Bréfritari: Sigríður Pálsdóttir
Viðtakandi: Páll Pálsson
Dagsetning: A-1860-04-13
Skrifað á: Hraungerði  Árn.
Páll var bróðir Sigríðar

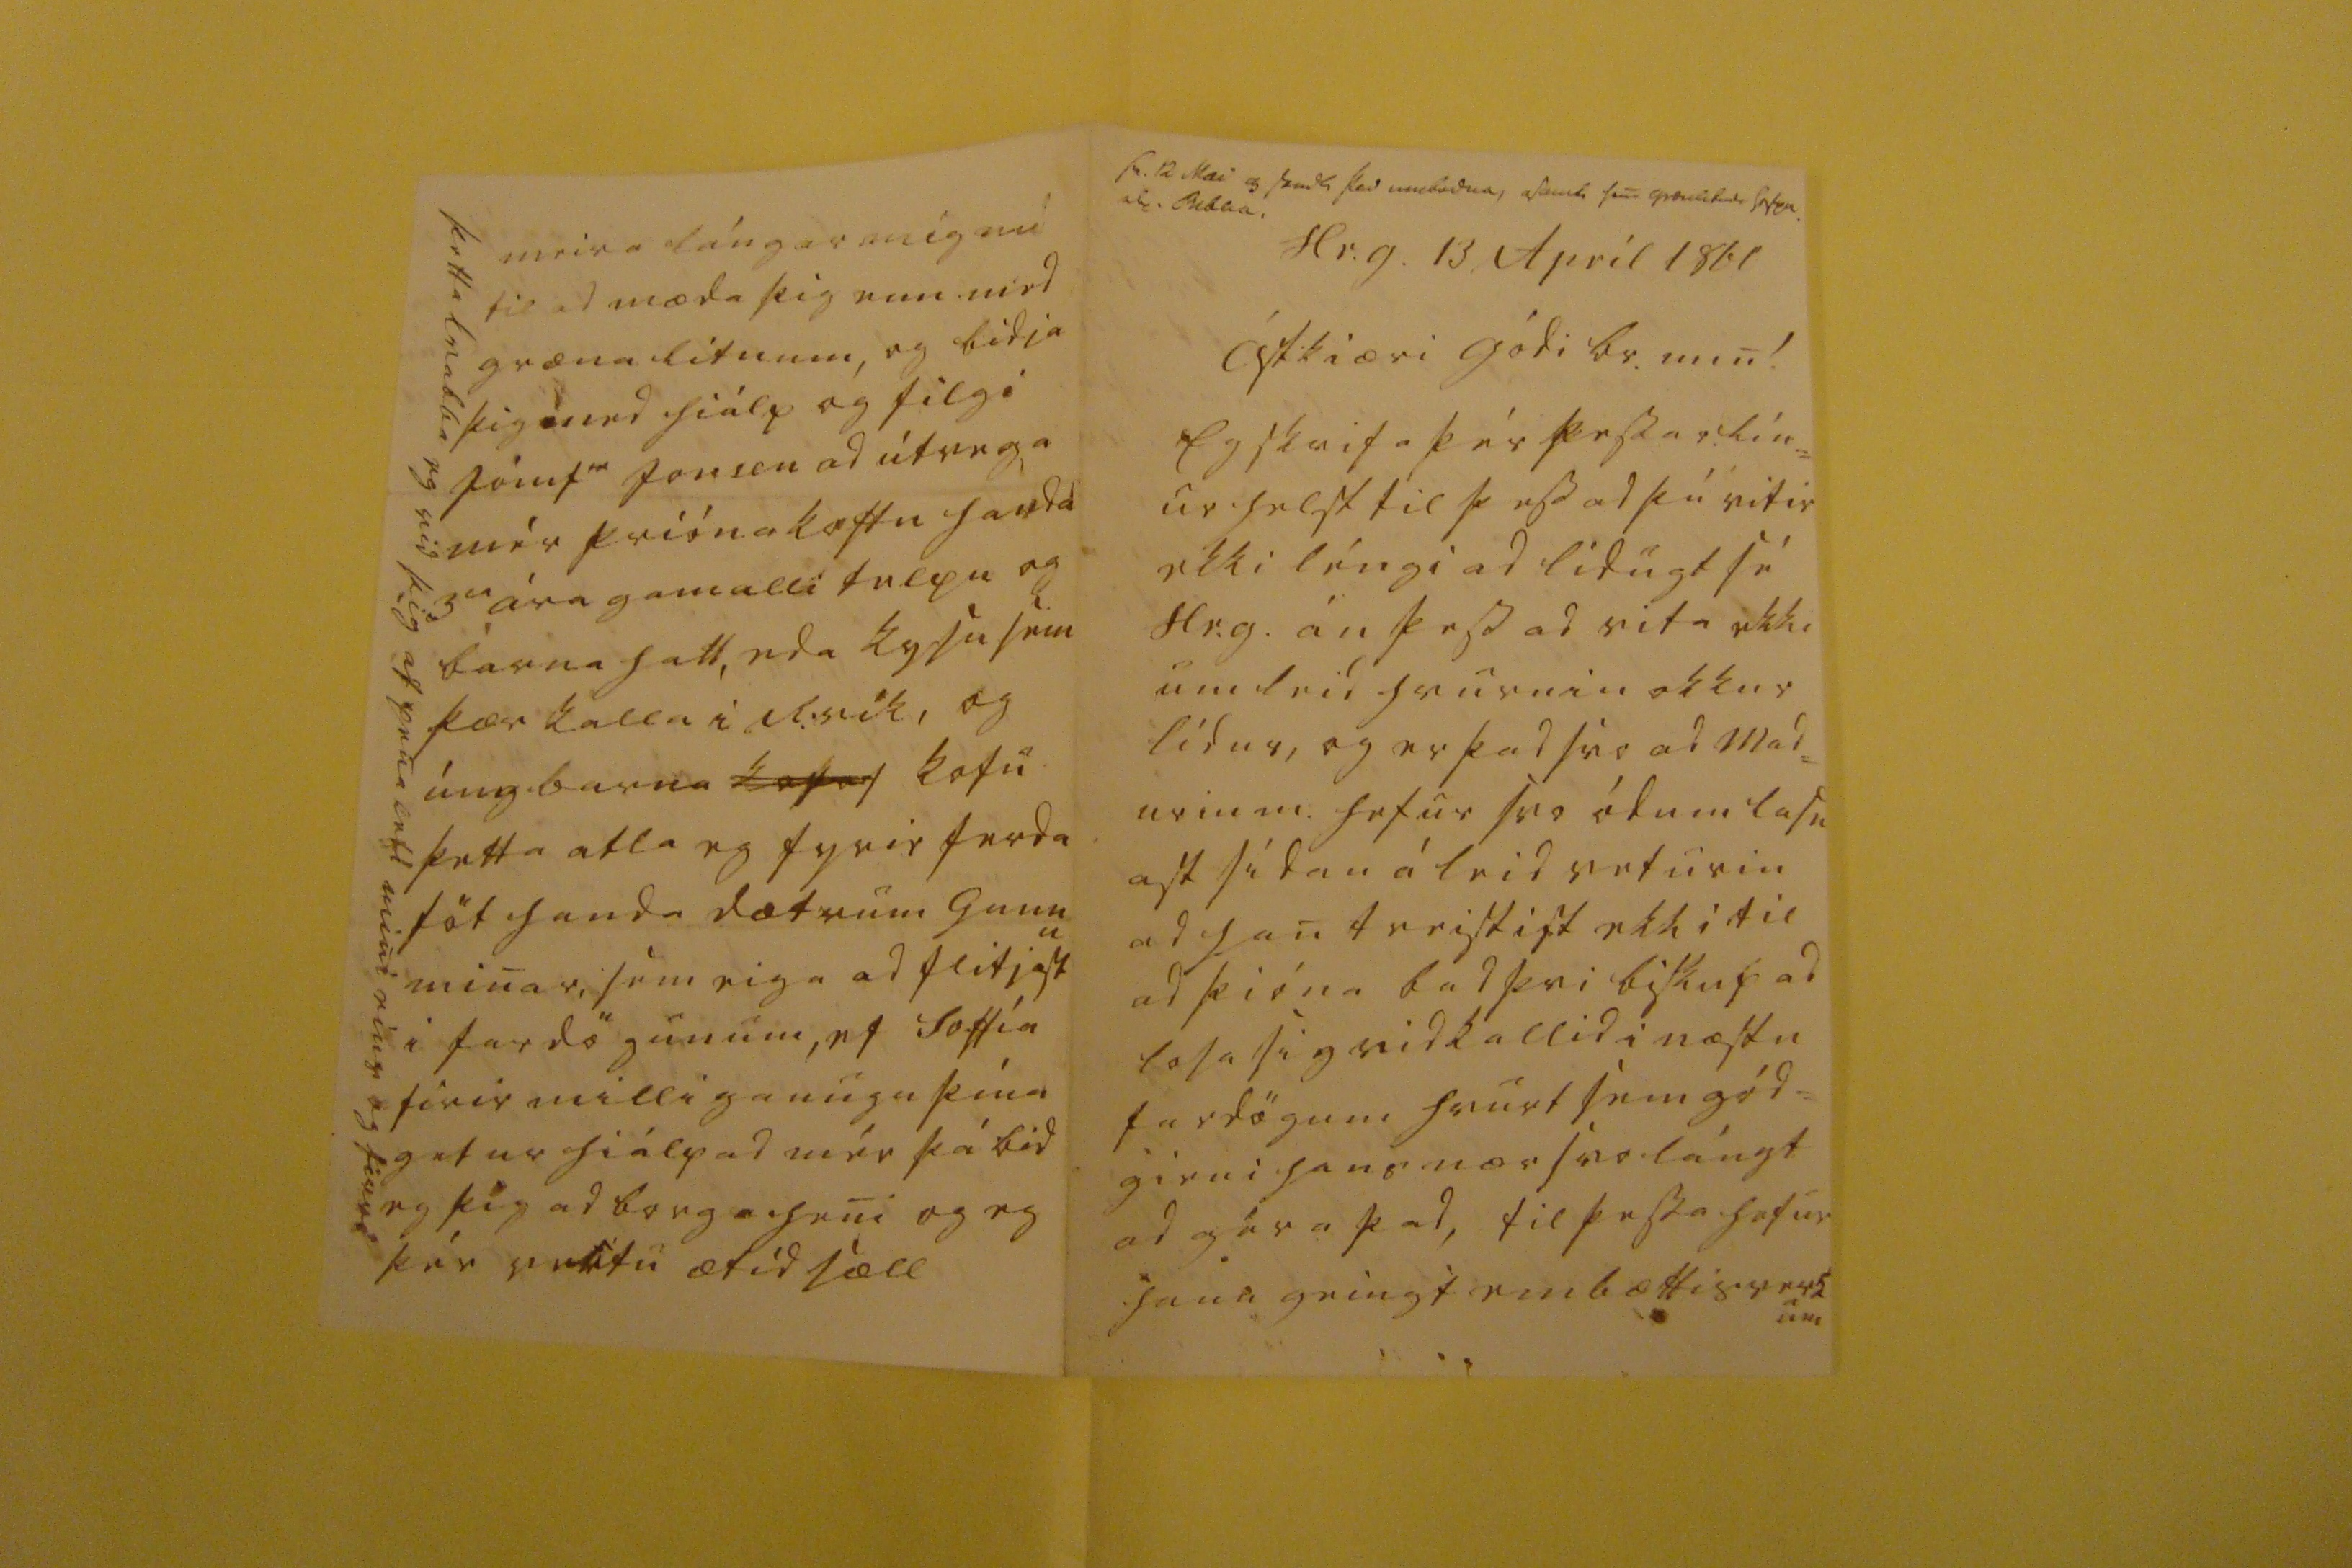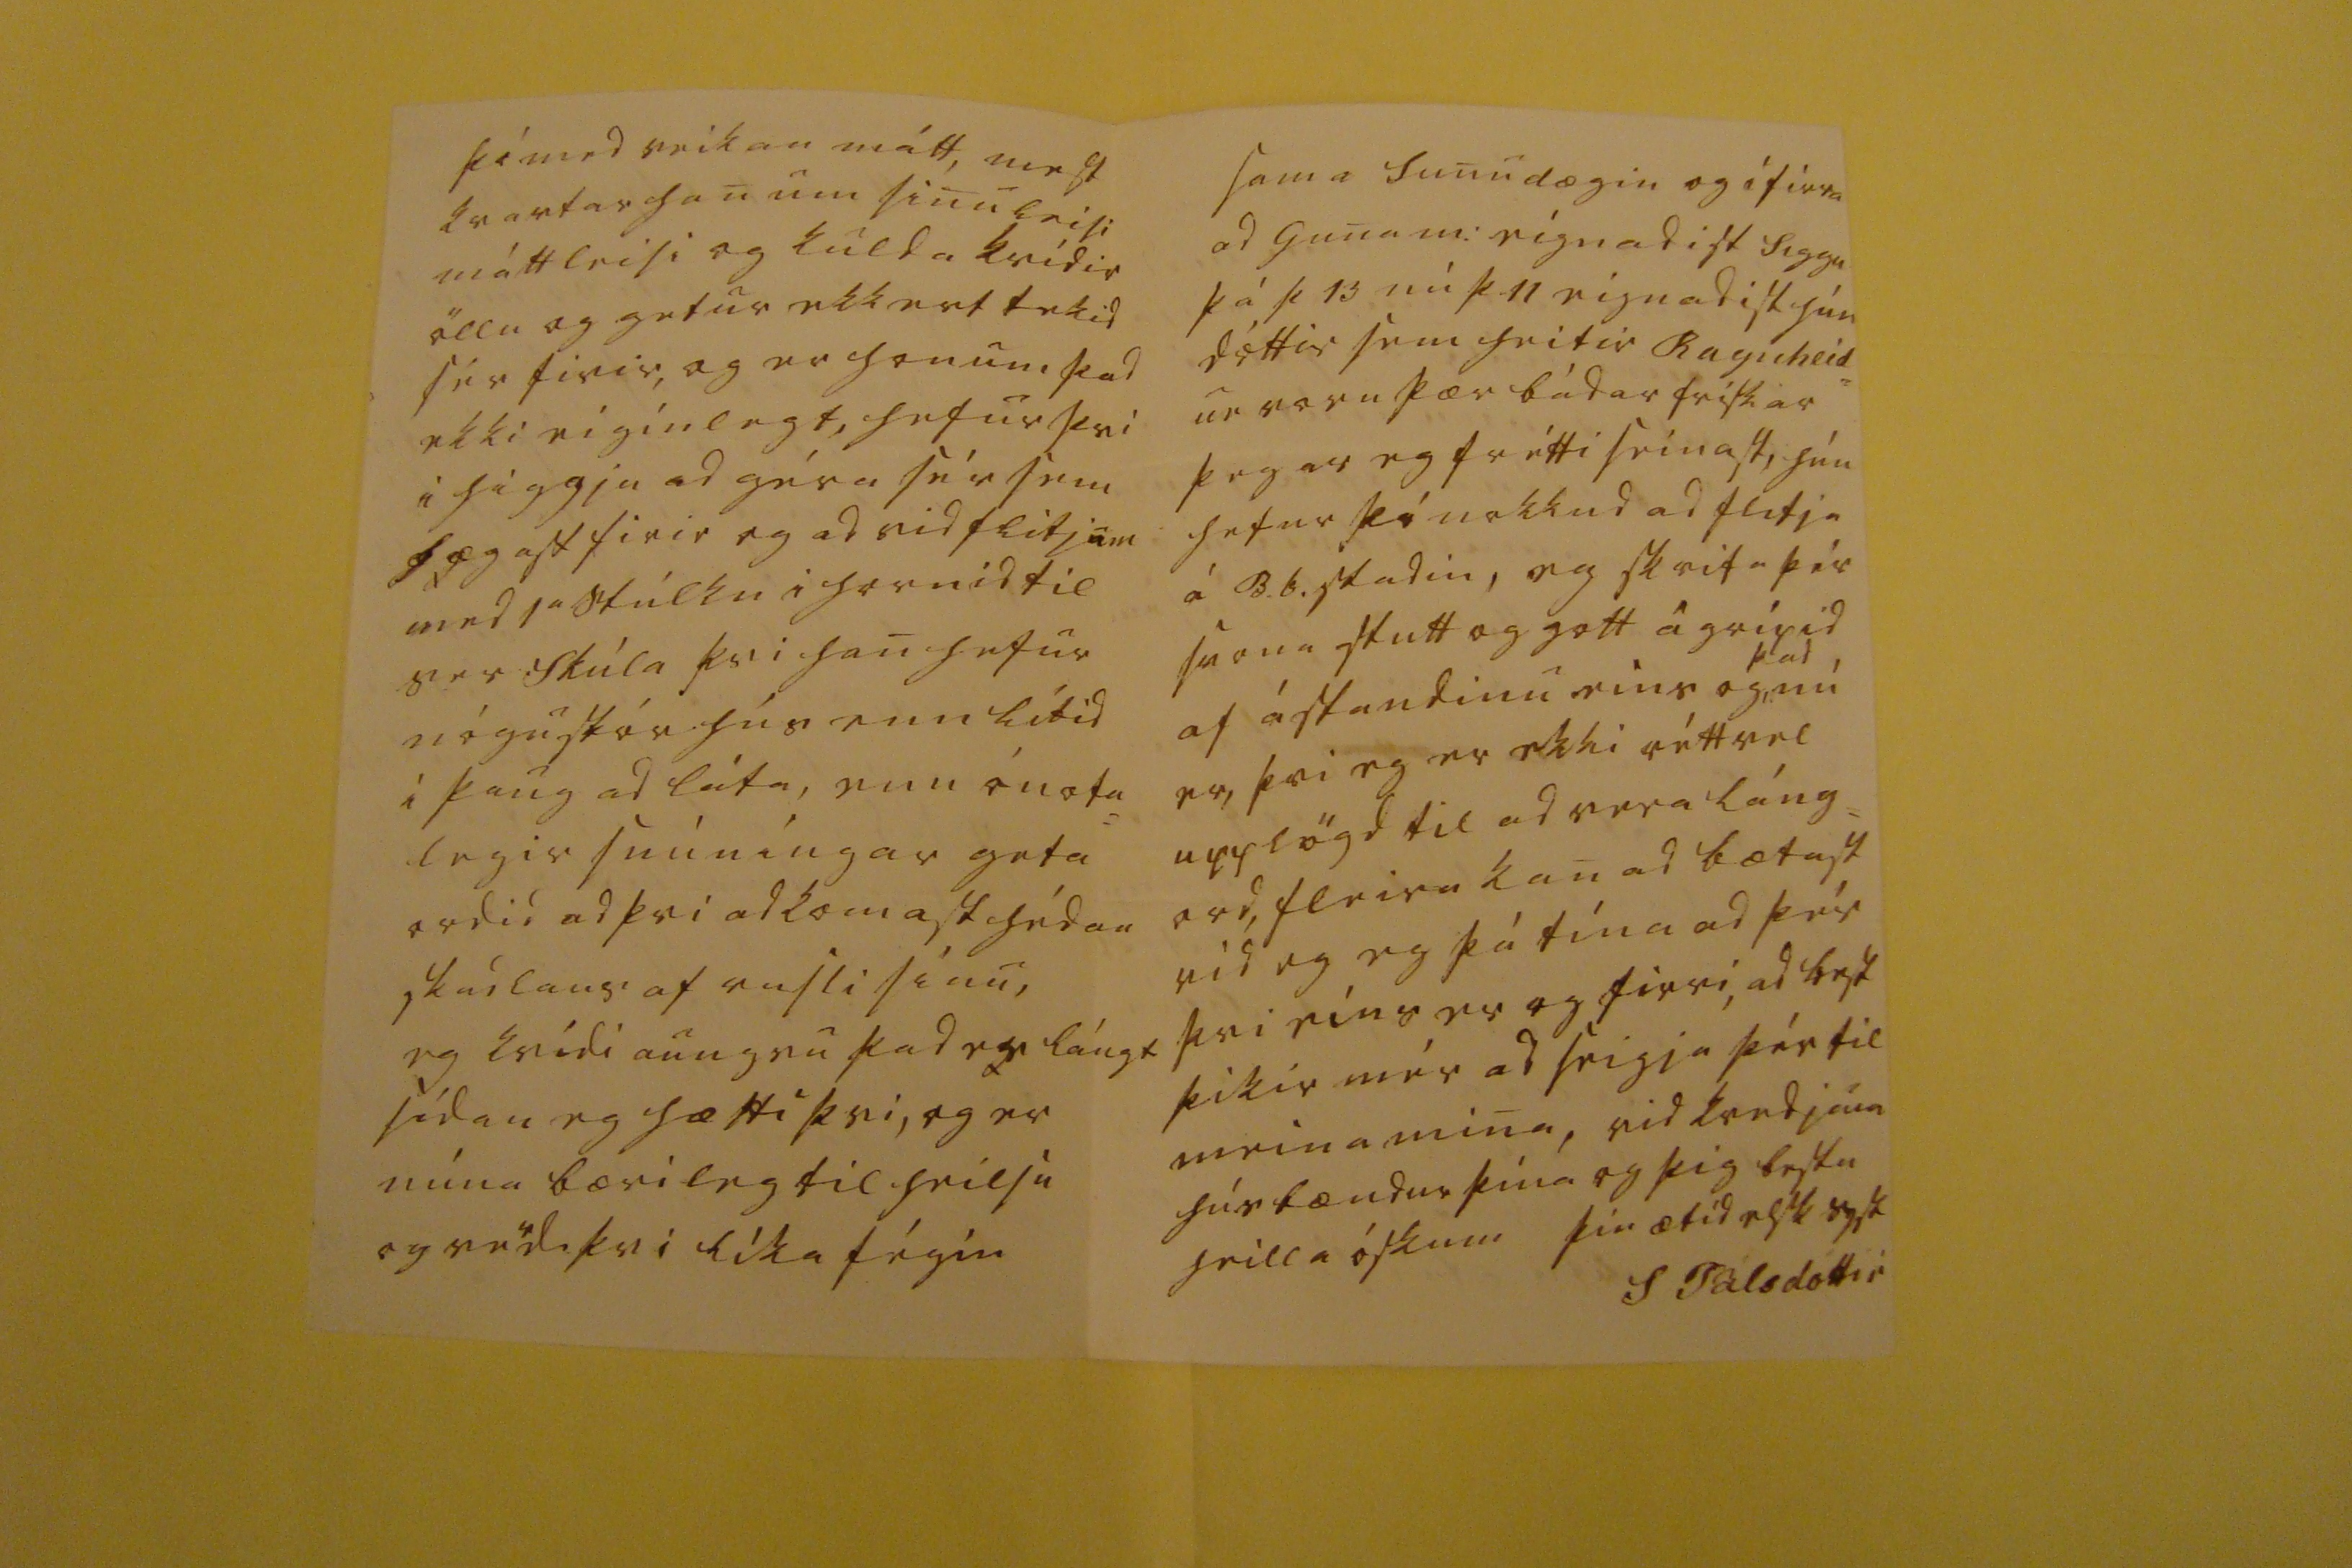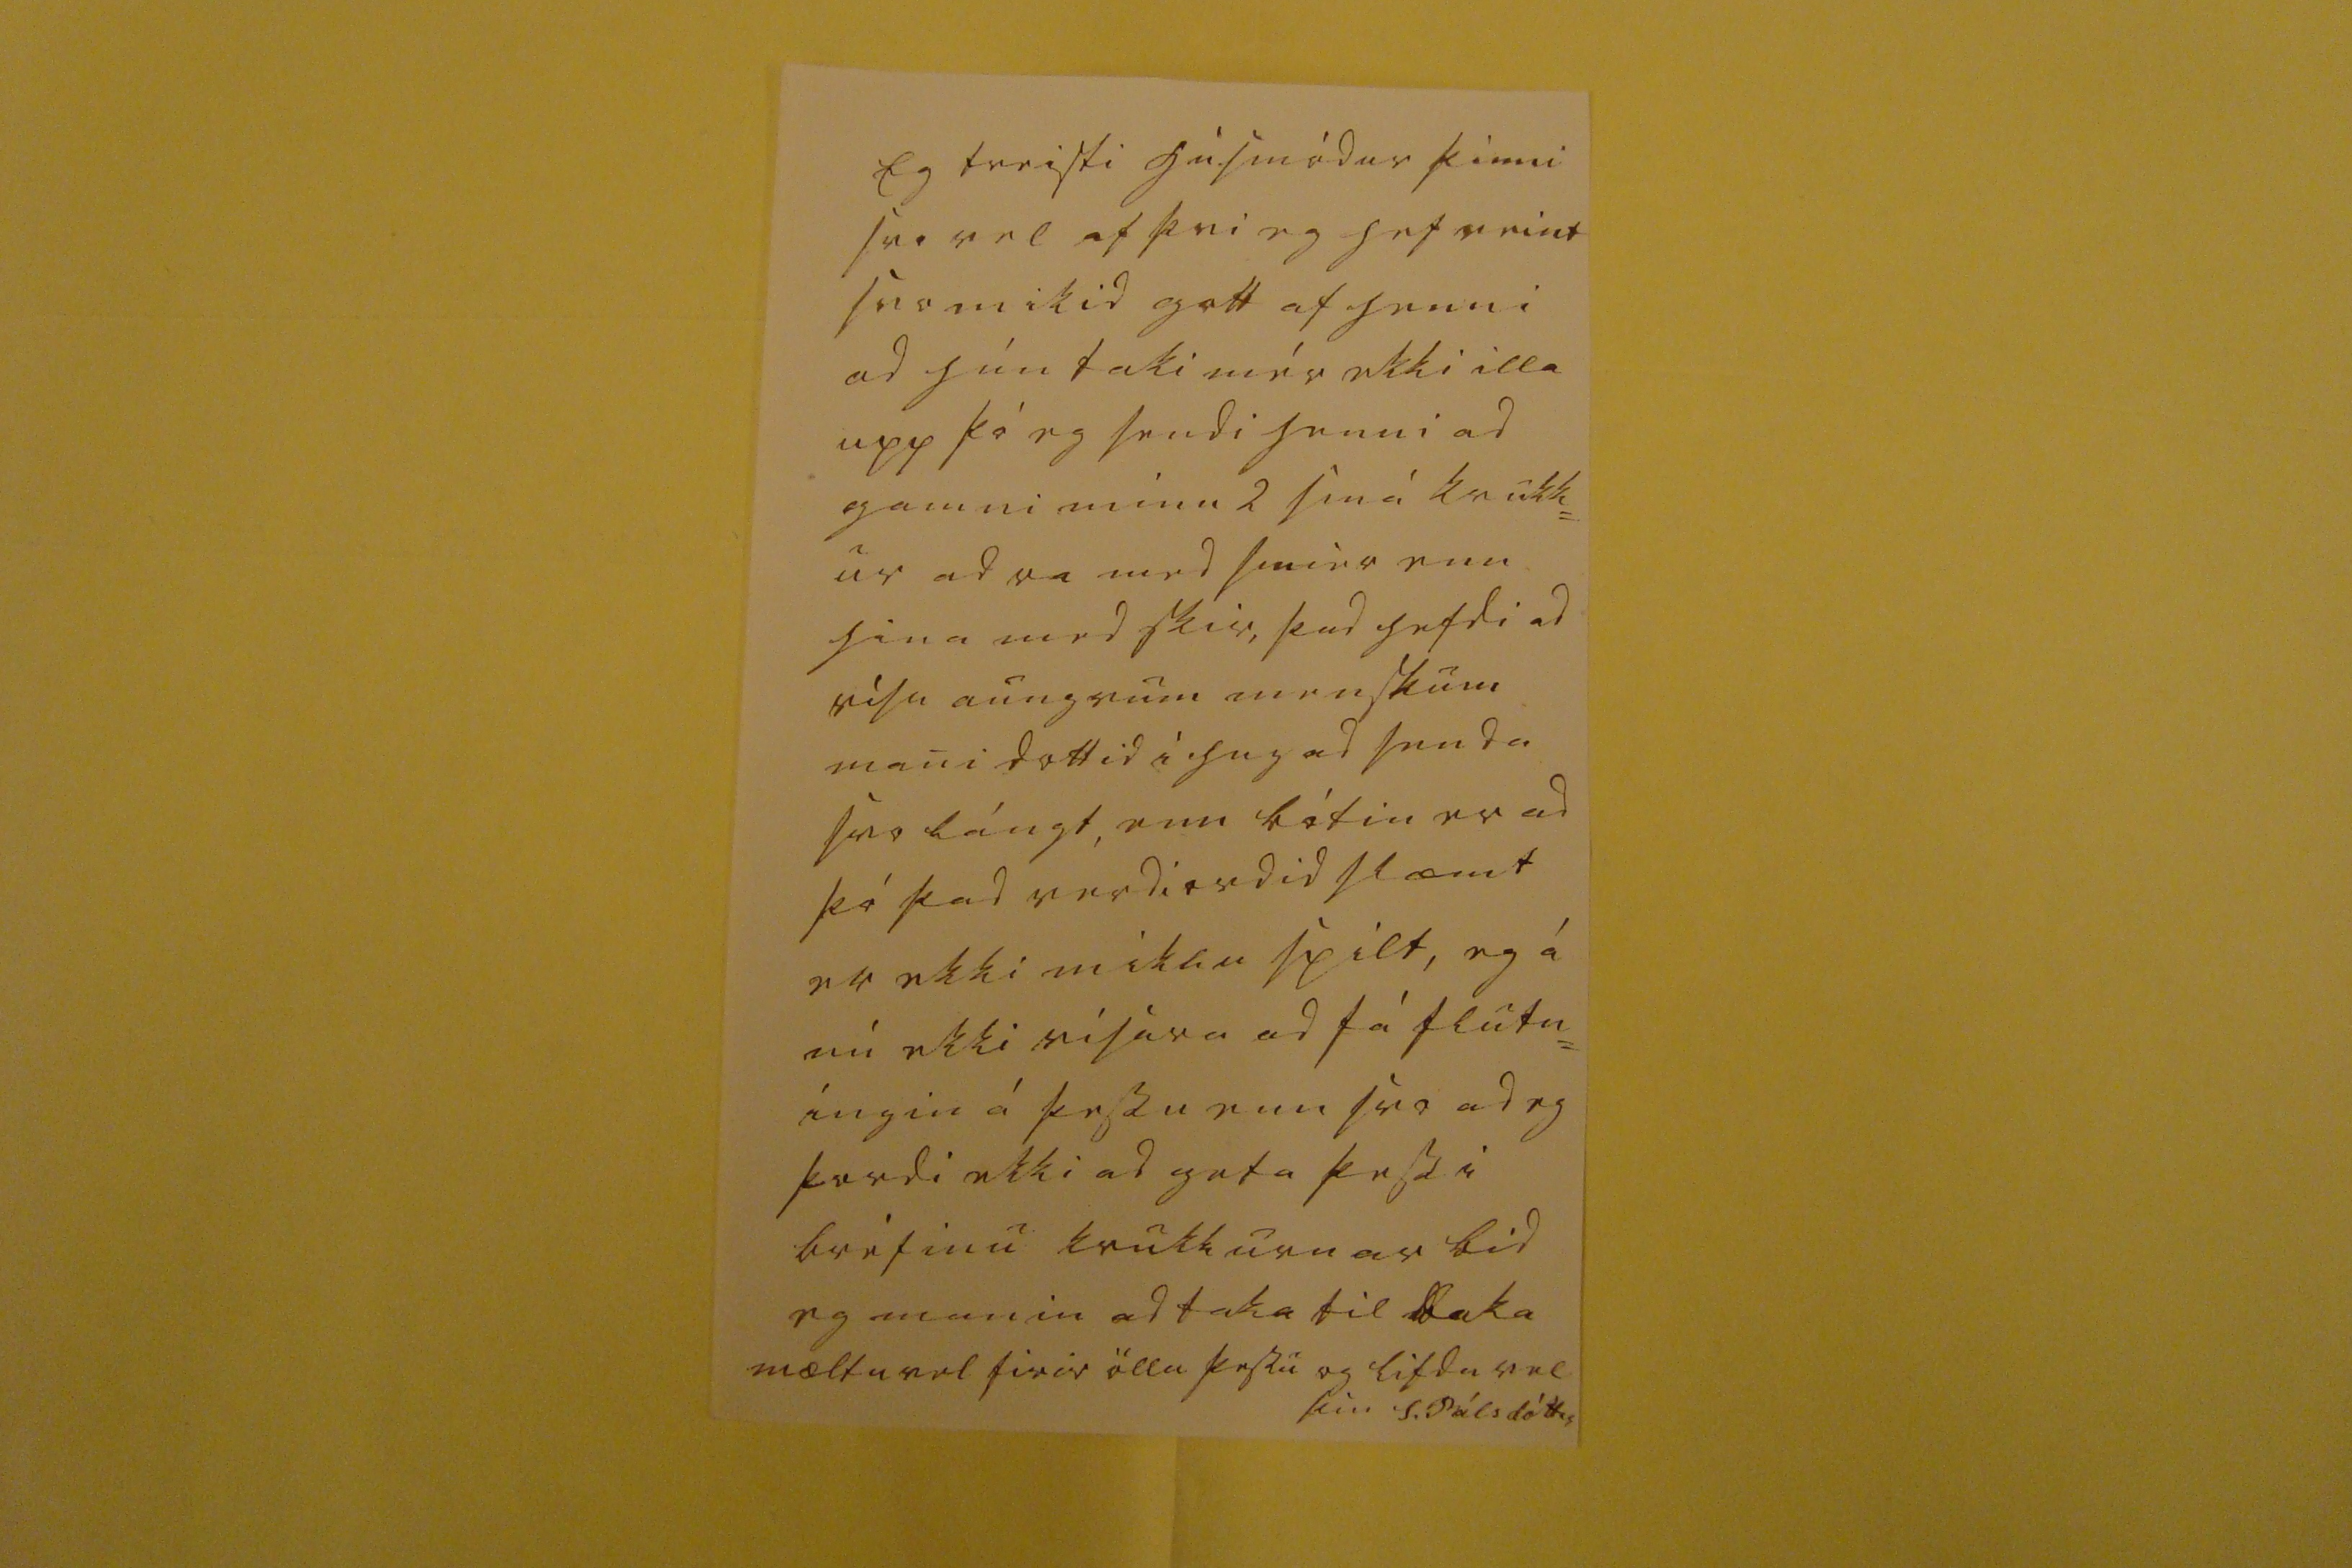

sv. 12 Mai 0 send 4 þad m00b000a, asamt s0n q000000 000 0. R000a
Hr.g. 13 Apríl 1860
Ástkiæri gódi br. min!
Eg skrifa þér þessar lín= ur helst til þess ad þú vitir ekki léngi ad lidugt sé Hr.g. án þess ad vita ekki um leid hvurnin okkur lídur, og er þad svo ad mad= urin m: hefur svo ódum lasn ast sídan á leid veturin ad han
t
reistist ekki til ad þióna bad þvi biskup ad losa sig vid kallid i næstu fardögum hvurt sem gód= girni hans nær svo lángt ad géra þad, til þessa hefur hann geingt embættis
verda um
þó med veikan mátt, mest kvartar han um sinuleisi máttleisi og kulda kvídir öllu og getur ekkert tekid sér firir, og er honum þad ekki eiginlegt, hefur þvi i higgju ad géra sér sem hægast firir og ad vid flitjum med 1a stúlku i hornid til ser Skúla þvi han hefur nógustór hús enn lítid i þaug ad láta, enn ónota= legir snúningar geta ordid ad þvi ad komast hédan skadlaus af rusli sínu, eg kvídi aungvu þad er lángt sídan eg hætti þvi, og er núna bærileg til heilsu og ve
r
di þvi líka fégin
sama sunudægin og í firra ad Guna m: eignadist Siggu þá þ 13 nú þ 11 eignadist hún dóttir sem heitir Ragnheid= ur voru þær bádar frískar þegar eg frétti seinast hún hefur þó nokkud ad flitja á B.b.stadin, eg skrifa þér svona stutt og gott ágripid af ástandinu eins og
þad
nú er, þvi eg er ekki rétt vel upplögd til ad vera láng= ord, fleira kan ad bætast vid og eg þá tína ad þér þvi eins er og firri, ad best þikir mér ad seigja þér til meina mina, vid kvedjum húsbændur þína og þig bestu heilla óskum
þín ætíd elsk syst
S Pálsdóttir
meira lángar mig nú til ad mæda þig enn med græna litnum, og bidja þig med hiálp og filgi jómf
00
jonsen ad útvega mér prióna
ko00u
handa 3ia ára gamalli telpu og barnahatt, eda kysu sem þær kalla i R:vík, og úngbarna
kotur
kotu þetta atla eg fyrir ferda föt handa dætrum Gunnu minar, sem eiga ad flitjast i fardögunum, ef So
ff
ía firir milligaungu þína getur hiálpad mér þá bid eg þig ad borga heni og eg þér vertu ætíd sæll
þetta kvabba eg vid þig af pena leti mini eins og firri
Eg treisti húsmódur þinni svo vel af þvi eg hef reint svo mikid gott af henni ad hún taki mér ekki illa upp þó eg sendi henni ad gamni mínu 2 smá krukk= ur adra med smier enn hina med skir, þad hefdi ad vísu aungvum menskum mani dottid i hug ad senda svo lángt, enn bótin er ad þó þad verdi ordid slæmt er ekki miklu spilt, eg á nú ekki visara ad fá flutn0 íngin á þessu enn svo ad eg þordi ekki ad geta þess i bréfinu krukkurnar bid eg manin ad taka til baka mæltu vel firir öllu þessu og lifdu vel
þín S. Pálsdóttir